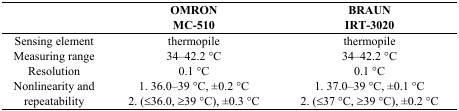
<table><thead><tr><td></td><td><b>OMRON MC-510</b></td><td><b>BRAUN IRT-3020</b></td></tr></thead><tbody><tr><td>Sensing element</td><td>thermopile</td><td>thermopile</td></tr><tr><td>Measuring range</td><td>34–42.2 °C</td><td>34–42.2 °C</td></tr><tr><td>Resolution</td><td>0.1 °C</td><td>0.1 °C</td></tr><tr><td>Nonlinearity and repeatability</td><td>1. 36.0–39 °C, ±0.2 °C2. (≤36.0, ≥39 °C), ±0.3 °C</td><td>1. 37.0–39 °C, ±0.1 °C2. (≤37 °C, ≥39 °C), ±0.2 °C</td></tr></tbody></table>